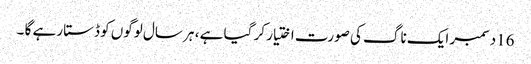
16دسمبر ایک ناگ کی صورت اختیار کر گیا ہے ، ہر سال لوگوں کو ڈستا رہے گا ۔